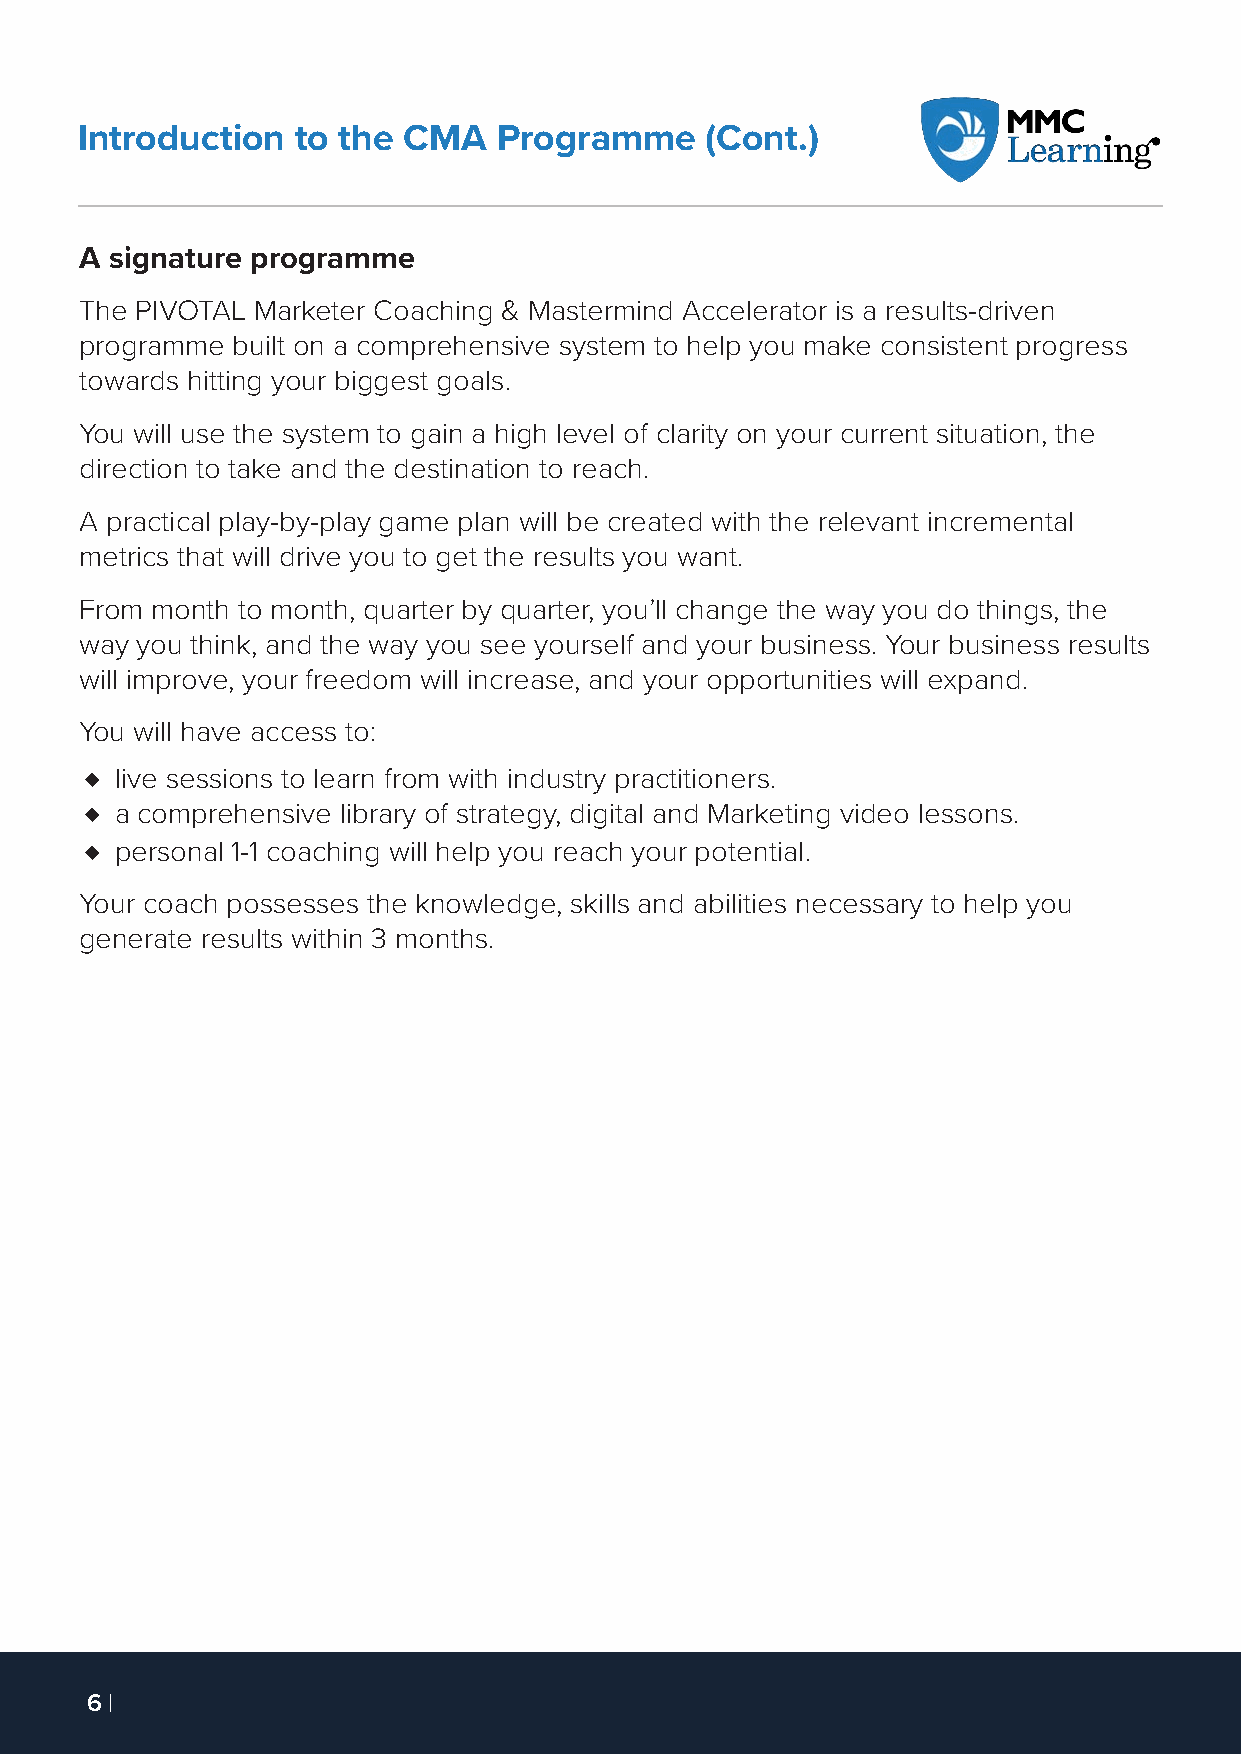
Introduction   to the CMA   Programme     (Cont.)
 A signature programme
 The PIVOTAL Marketer Coaching & Mastermind Accelerator is a results-driven
 programme built on a comprehensive system to help you make consistent progress
 towards hitting your biggest goals.
 You will use the system to gain a high level of clarity on your current situation, the
 direction to take and the destination to reach.
 A practical play-by-play game plan will be created with the relevant incremental
 metrics that will drive you to get the results you want.
 From month to month, quarter by quarter, you’ll change the way you do things, the
 way you think, and the way you see yourself and your business. Your business results
 will improve, your freedom will increase, and your opportunities will expand.
 You will have access to:
 ♦ live sessions to learn from with industry practitioners.
 ♦ a comprehensive library of strategy, digital and Marketing video lessons.
 ♦ personal 1-1 coaching will help you reach your potential.
 Your coach possesses the knowledge, skills and abilities necessary to help you
 generate results within 3 months.
 6 |